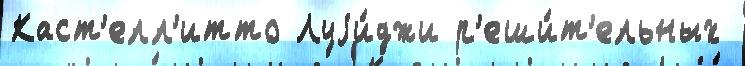
Каст'елл'итто Луjи́джи р'еши́т'ельных